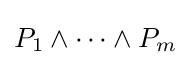
P_{1}\land \dots \land P_{m}